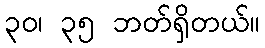
၃၀၊ ၃၅ ဘတ်ရှိတယ်။